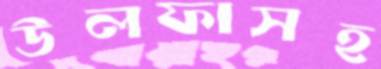
উলফাসহ